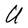
Character: U